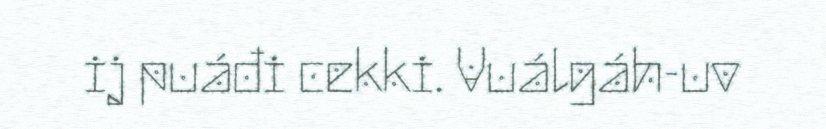
ij puáđi cekki. Vuálgáh-uv